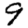
Digit: 9